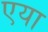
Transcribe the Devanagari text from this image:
एया